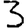
Digit: 3